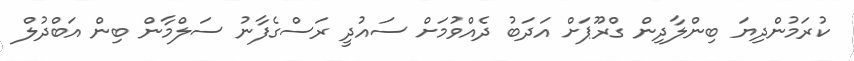
ކުރަމުންދިޔަ ބިންލާދިން ގްރޫޕަށް އަދަބު ދެއްވުމަށް ސައުދީ ރަސްގެފާނު ސަލްމާން ބިން އަބްދުލް